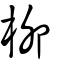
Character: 栁